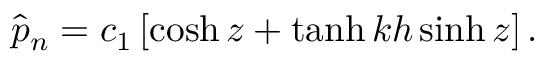
\hat { p } _ { n } = c _ { 1 } \left[ \cosh { z } + \operatorname { t a n h } { k h } \sinh { z } \right] .